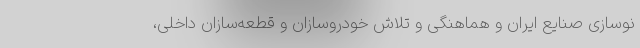
نوسازی صنایع ایران و هماهنگی و تلاش خودروسازان و قطعه‌سازان داخلی،